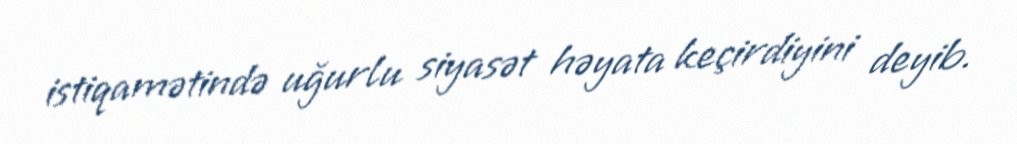
istiqamətində uğurlu siyasət həyata keçirdiyini deyib.